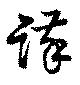
謹